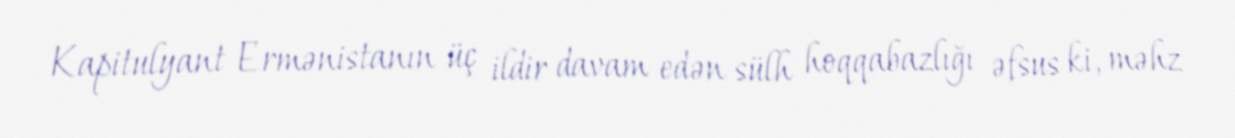
Kapitulyant Ermənistanın üç ildir davam edən sülh hoqqabazlığı əfsus ki, məhz